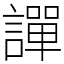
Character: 譂